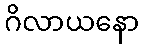
ဂိလာယနော